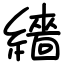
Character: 繬